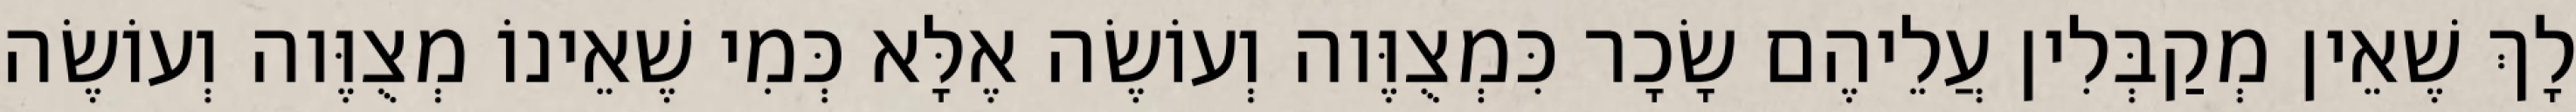
לָךְ שֶׁאֵין מְקַבְּלִין עֲלֵיהֶם שָׂכָר כִּמְצֻוֶּוה וְעוֹשֶׂה אֶלָּא כְּמִי שֶׁאֵינוֹ מְצֻוֶּוה וְעוֹשֶׂה